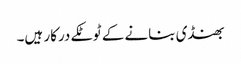
بھنڈی بنانے کے ٹوٹکے درکار ہیں۔